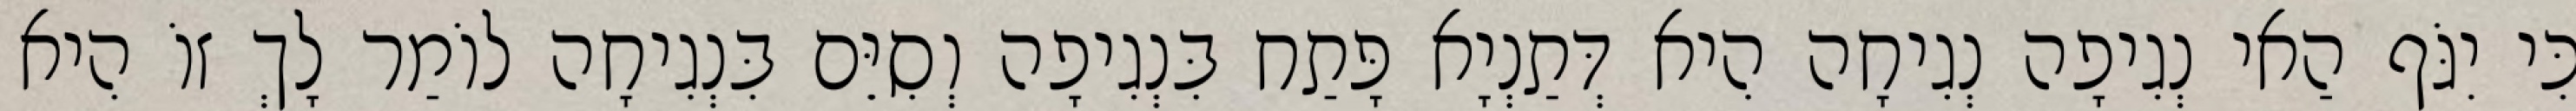
כִּי יִגֹּף הַאי נְגִיפָה נְגִיחָה הִיא דְּתַנְיָא פָּתַח בִּנְגִיפָה וְסִיֵּם בִּנְגִיחָה לוֹמַר לָךְ זוֹ הִיא